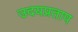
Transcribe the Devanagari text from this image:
उदयप्रताप